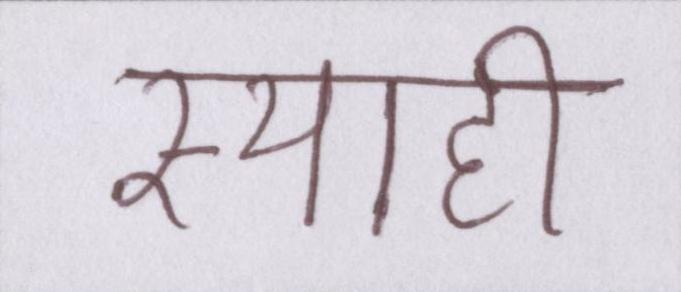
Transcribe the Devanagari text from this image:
स्याही